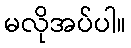
မလိုအပ်ပါ။